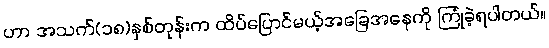
ဟာ အသက်(၁၈)နှစ်တုန်းက ထိပ်ပြောင်မယ့်အခြေအနေကို ကြုံခဲ့ရပါတယ်။